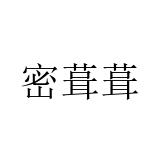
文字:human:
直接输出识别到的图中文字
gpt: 密葺葺